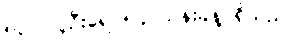
၅၃။ လူဦးရေ ၅၄ သန်းခန့် ရှိသည်။